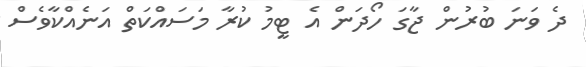
ދެ ވަނަ ބުރުން ޖާގަ ހޯދަން އެ ޓީމު ކުރާ މަސައްކަތް އަނެއްކާވެސް